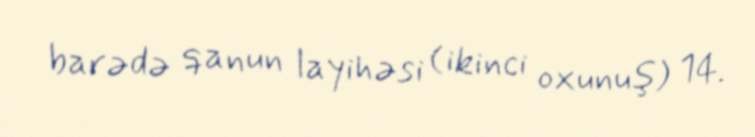
barədə qanun layihəsi (ikinci oxunuş) 14.